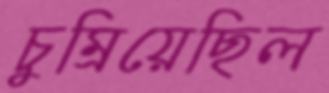
চুম্‌রিয়েছিল